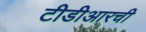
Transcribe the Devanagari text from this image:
टीडीआरची